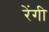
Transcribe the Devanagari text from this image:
रेंगी